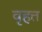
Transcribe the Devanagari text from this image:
वृहत्त